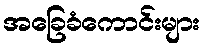
အခြေခံကောင်းများ